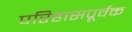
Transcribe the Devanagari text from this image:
परिहासपूर्वक